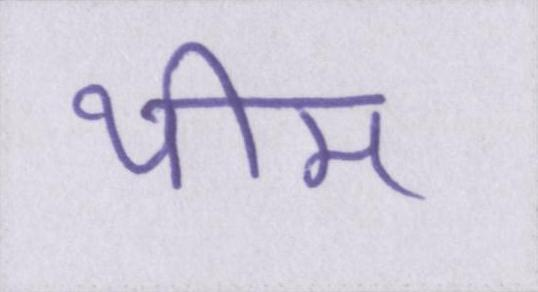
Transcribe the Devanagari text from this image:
थीम